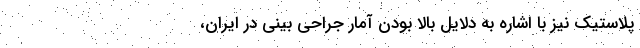
پلاستیک نیز با اشاره به دلایل بالا بودن آمار جراحی بینی در ایران،